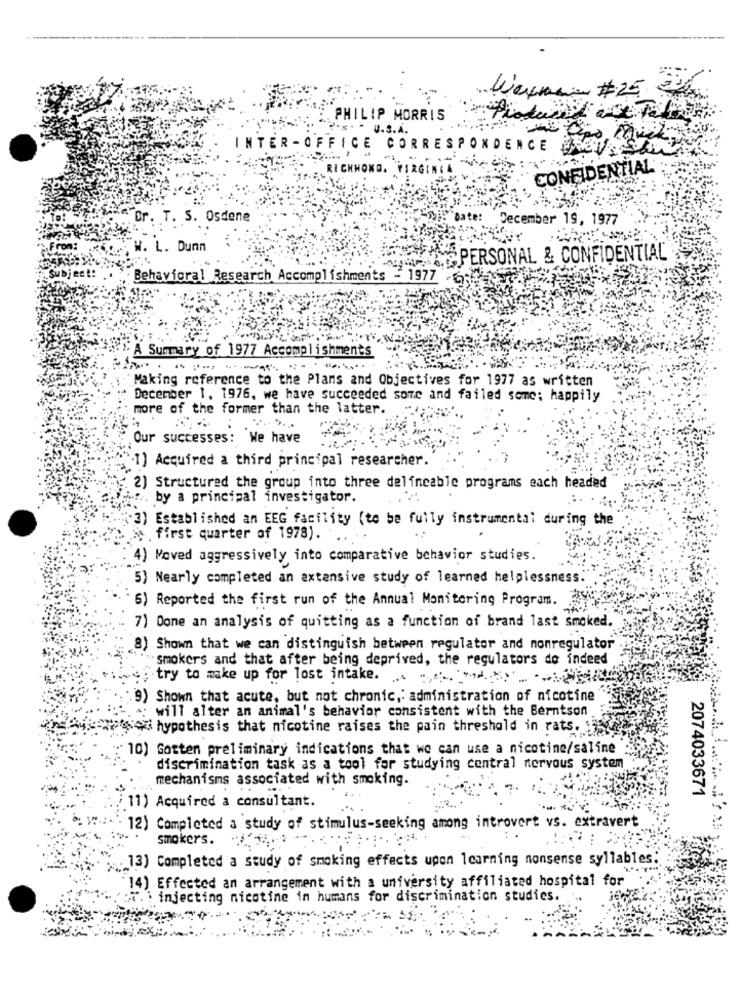
Wayne # 25 331
PHILIP MORRIS
U.3.A.
INTER - OFFICE CORRESPONDENCE NEV SKY
RICKHOND
CONFIDENTIAL
Dr. T. S. Osdene
Date:
December 19, 1977
. L. Dunn
WHENIS PERSONAL & CONFIDENTIAL
Sub
ect:
Behavioral Research Accomplishments - 1977
A Summary of 1977 Accomplishments
Making reference to the Plans and Objectives for 1977 as written
December 1, 1976, we have succeeded some and failed somc; happily
more of the former than the latter.
Our successes: We have
1) Acquired a third principal researcher.
2) Structured the group into three delineable programs each headed
" .... by a principal investigator.
(3) Established an EEG facility (to be fully instrumental during the
M . first quarter of 1978).
4) Moved aggressively into comparative behavior studies.
5) Nearly completed an extensive study of learned helplessness.
6) Reported the first run of the Annual Monitoring Program.
7) Done an analysis of quitting as a function of brand last smoked.
8) Shown that we can distinguish between regulator and nonregulator
smokers and that after being deprived, the regulators do indeed
try to make up for lost intake. .. ...............
9) Shown that acute, but not chronic ,: administration of nicotine
will alter an animal's behavior consistent with the Berntson
so hypothesis that nicotine raises the pain threshold in rats.
10) Gotten preliminary indications that we can use a nicotine/saline
discrimination task as a tool for studying central nervous system
mechanisms associated with smoking.
2074033671
11) Acquired a consultant.
12) Completed a study of stimulus-seeking among introvert vs. extravert
smokers.
. 13) Completed a study of smoking effects upon learning nonsense syllables:
14) Effected an arrangement with a university affiliated hospital for
Dr.\ injecting nicotine in humans for discrimination studies.